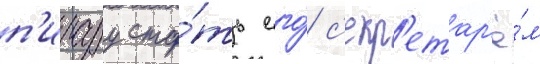
п'ирару ста́ть его́ с'екр'етар'ё́м